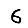
Digit: 6